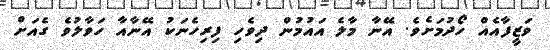
ވަޒީފާއެއް ހޯދުމަށެވެ. އޭނާ މާލެ އައުމުން ދިވެހި ފިރިހެނަކު އޭނާއާ ހަވާލުވެ ގެއަށް